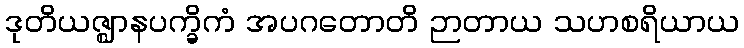
ဒုတိယဇ္ဈာနပက္ခိကံ အပဂတောတိ ဉာတာယ သဟစရိယာယ